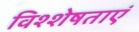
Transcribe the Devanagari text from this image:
विश्शेषताएं